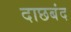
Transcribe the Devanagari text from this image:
दाछबंद